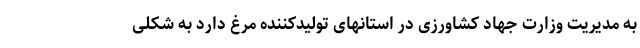
به مدیریت وزارت جهاد کشاورزی در استانهای تولیدکننده مرغ دارد به شکلی